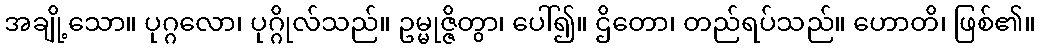
အချို့သော။ ပုဂ္ဂလော၊ ပုဂ္ဂိုလ်သည်။ ဥမ္မုဇ္ဇိတွာ၊ ပေါ်၍။ ဌိတော၊ တည်ရပ်သည်။ ဟောတိ၊ ဖြစ်၏။